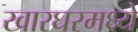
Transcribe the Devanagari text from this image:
खारघरमध्ये